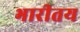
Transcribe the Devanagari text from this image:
भारीतय